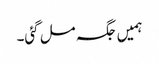
ہمیں جگہ مل گئی۔